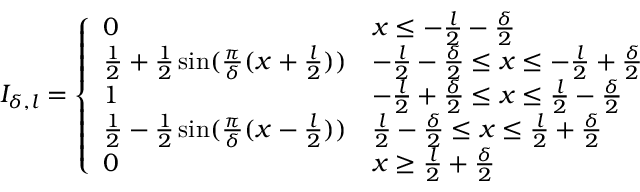
\begin{array} { r } { I _ { \delta , l } = \left\{ \begin{array} { l l } { 0 } & { x \leq - \frac { l } { 2 } - \frac { \delta } { 2 } } \\ { \frac { 1 } { 2 } + \frac { 1 } { 2 } \sin ( \frac { \pi } { \delta } ( x + \frac { l } { 2 } ) ) } & { - \frac { l } { 2 } - \frac { \delta } { 2 } \leq x \leq - \frac { l } { 2 } + \frac { \delta } { 2 } } \\ { 1 } & { - \frac { l } { 2 } + \frac { \delta } { 2 } \leq x \leq \frac { l } { 2 } - \frac { \delta } { 2 } } \\ { \frac { 1 } { 2 } - \frac { 1 } { 2 } \sin ( \frac { \pi } { \delta } ( x - \frac { l } { 2 } ) ) } & { \frac { l } { 2 } - \frac { \delta } { 2 } \leq x \leq \frac { l } { 2 } + \frac { \delta } { 2 } } \\ { 0 } & { x \geq \frac { l } { 2 } + \frac { \delta } { 2 } } \end{array} \right. } \end{array}